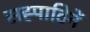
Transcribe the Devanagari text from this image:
सह्पाठिनें